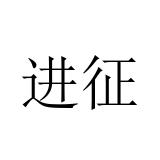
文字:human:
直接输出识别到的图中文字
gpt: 进征